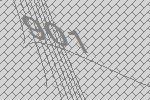
901